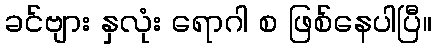
ခင်ဗျား နှလုံး ရောဂါ စ ဖြစ်နေပါပြီ။